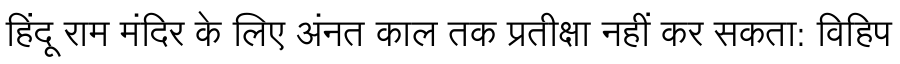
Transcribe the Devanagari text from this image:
हिंदू राम मंदिर के लिए अंनत काल तक प्रतीक्षा नहीं कर सकता: विहिप